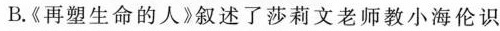
B.《再塑生命的人》叙述了莎莉文老师教小海伦识